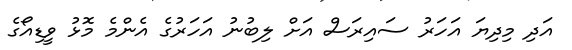
އަދި މިދިޔަ އަހަރު ސައިރަސް އަށް ލިބުނު އަހަރުގެ އެންމެ މޮޅު ވީޑިއޯގެ